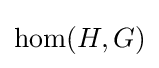
\operatorname {hom} (H,G)